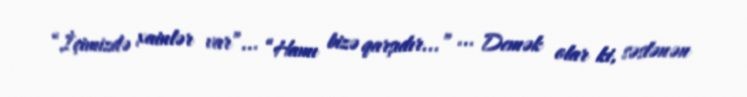
“İçimizdə xainlər var”... “Hamı bizə qarşıdır...” ... Demək olar ki, səslənən